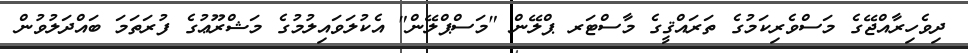
ދިވެހިރާއްޖޭގެ މަސްވެރިކަމުގެ ތަރައްޤީގެ މާސްޓަރ ޕްލޭން "މަސްޕްލޭން" އެކުލަވައިލުމުގެ މަޝްރޫޢުގެ ފުރަތަމަ ބައްދަލުވުން